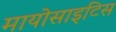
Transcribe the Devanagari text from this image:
मायोसाइटिस